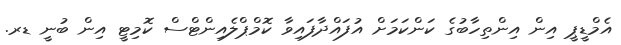
އެމްޑީޕީ އިން އިންތިހާބުގެ ކަންކަމަށް އުފައްދާފައިވާ ކޮމްޕްލެއިންޓްސް ކޮމިޓީ އިން ބުނީ ޑރ.